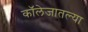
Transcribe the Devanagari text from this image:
कॉलेजातल्या